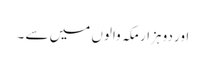
اور دو ہزار مکہ والوں میں سے ۔